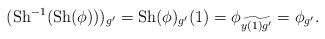
\begin{align*}(\mathrm{Sh}^{-1}(\mathrm{Sh}(\phi)))_{g'}=\mathrm{Sh}(\phi)_{g'}(1) = \phi_{\widetilde{y(1)g'}} = \phi_{g'}.\end{align*}